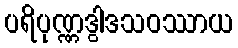
ပရိပုဏ္ဏဒွါဒသဝဿာယ